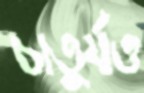
চাতুর্যও